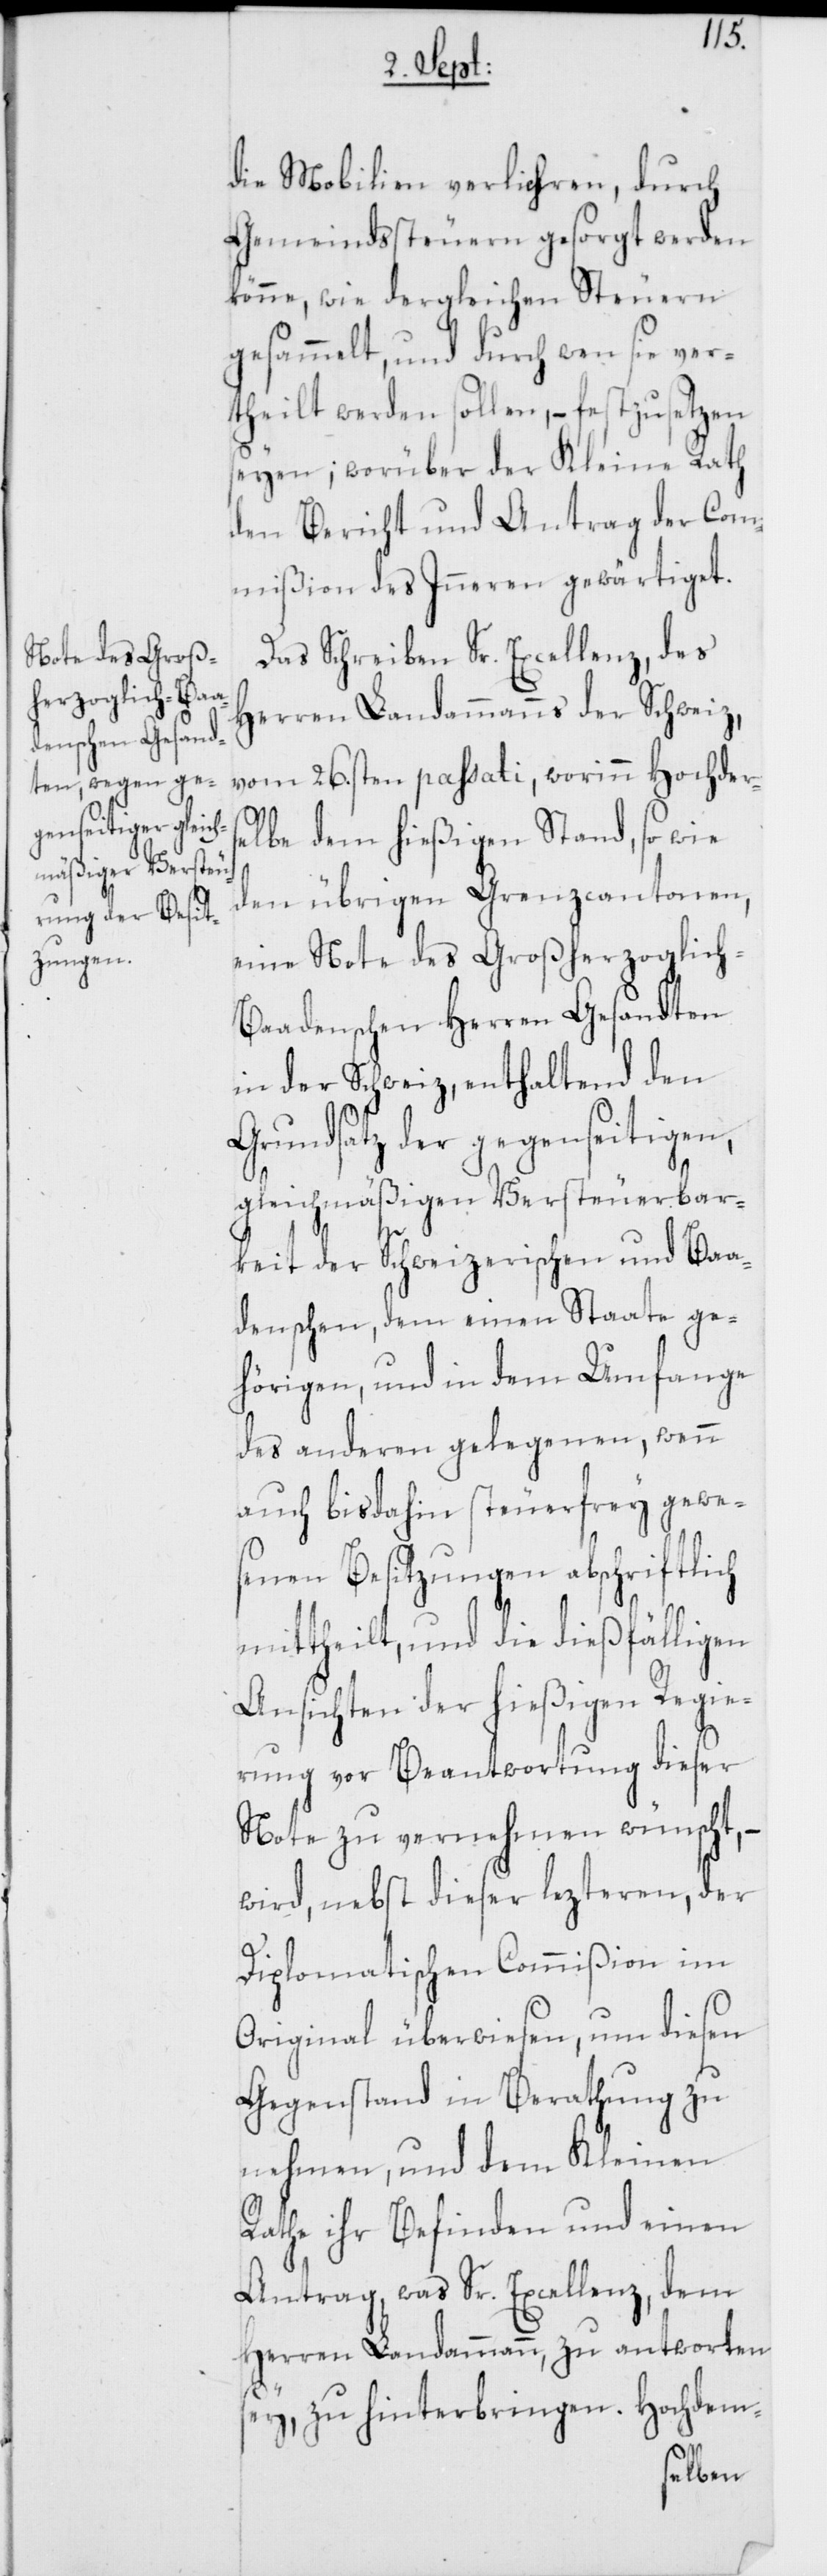
Note des Groß¬
herzoglich-Ba¬

die Mobilien verliehren, durch
Gemeindssteuern gesorgt werden
könne, wie dergleichen Steuern
gesammelt, und durch wen sie ver¬
theilt werden sollen, – festzusetzen
seyen; worüber der Kleine Rath
den Bericht und Antrag der Com¬
mißion des Inneren gewärtiget.
Das Schreiben Sr. Excellenz, des
Herren Landammanns der Schweiz,
vom 26.sten passati, worinn Hochderse¬
lbe dem hießigen Stand, so wie
den übrigen Grenzcantonen,
adenschen Herren Gesandten
in der Schweiz, enthaltend den
Grundsatz der gegenseitigen,
gleichmäßigen Versteuerbar¬
keit der Schweizerischen und Baa¬
denschen, dem einen Staate ge¬
hörigen, und in dem Umfange
des anderen gelegenen, wenn
auch bisdahin steuerfrey gewe¬
senen Besitzungen abschriftlich
mittheilt, und die dießfälligen
Ansichten der hießigen Regie¬
rung vor Beantwortung dieser
Note zu vernehmen wünscht, –
wird, nebst dieser lezteren, der
Diplomatischen Commißion im
Original überwiesen, um diesen
Gegenstand in Berathung zu
nehmen, und dem Kleinen
Rathe ihr Befinden und einen
Antrag, was Sr. Excellenz, dem
Herren Landammann, zu antworten
sey, zu hinterbringen. Hochdem-